Annual report of the Punjab Veterinary College and of the Civil Veterinary Department, Punjab - 1894-1908
Year: 1894
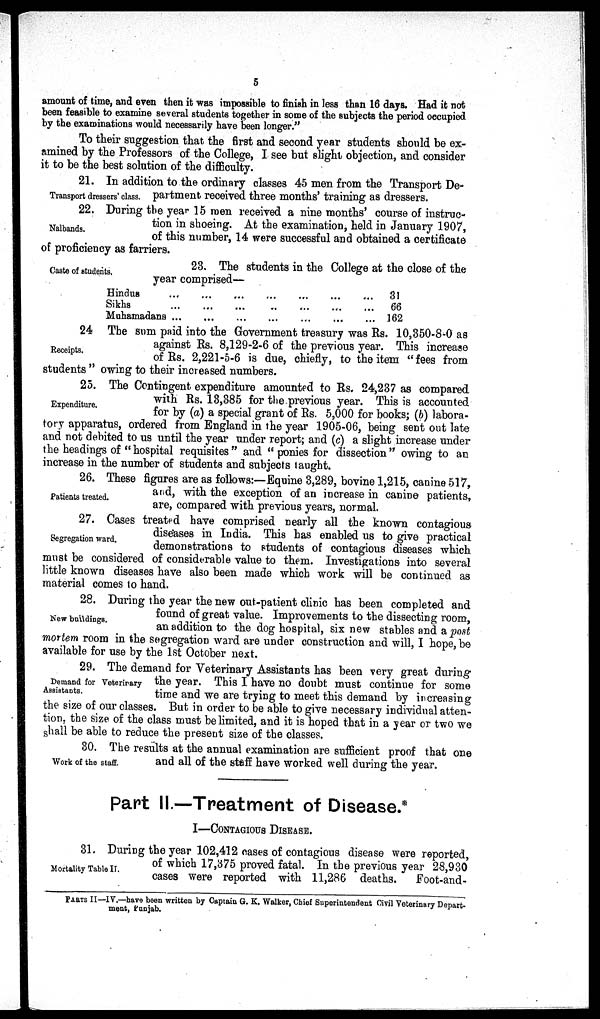
5
amount of time, and even then it was impossible to finish in less than 16 days. Had it not
been feasible to examine several students together in some of the subjects the period occupied
by the examinations would necessarily have been longer."
To their suggestion that the first and second year students should be ex-
amined by the Professors of the College, I see but slight objection, and consider
it to be the best solution of the difficulty.
Transport dressers' class.
21. In addition to the ordinary classes 45 men from the Transport De-
partment received three months' training as dressers.
Nalbands.
22. During the year 15 men received a nine months course of instruc-
tion in shoeing. At the examination, held in January 1907,
of this number, 14 were successful and obtained a certificate
of proficiency as farriers.
Caste of students.
23. The students in the College at the close of the
year comprised—
Hindus
Sikhs
Muhamadans
...
...
...
...
...
...
...
...
...
...
...
...
...
...
...
...
...
...
...
...
...
31
66
162
Receipts.
24 The sum paid into the Government treasury was Rs. 10,350-8-0 as
against Rs. 8,129-2-6 of the previous year. This increase
of Rs. 2,221-5-6 is due, chiefly, to the item "fees from
students" owing to their increased numbers.
Expenditure.
25. The Contingent expenditure amounted to Rs. 24,237 as compared
with Rs. 13,385 for the previous year. This is accounted
for by (a) a special grant of Rs. 5,000 for books; (b) labora-
tory apparatus, ordered from England in the year 1905-06, being sent out late
and not debited to us until the year under report; and (c) a slight increase under
the headings of "hospital requisites" and "ponies for dissection" owing to an
increase in the number of students and subjects taught.
Patients treated.
26. These figures are as follows:—Equine 3,289, bovine 1,215, canine 517,
and, with the exception of an increase in canine patients,
are, compared with previous years, normal.
Segregation ward.
27. Cases treated have comprised nearly all the known contagious
diseases in India. This has enabled us to give practical
demonstrations to students of contagious diseases which
must be considered of considerable value to them. Investigations into several
little known diseases have also been made which work will be continued as
material comes to hand.
New buildings.
28. During the year the new out-patient clinic has been completed and
found of great value. Improvements to the dissecting room,
an addition to the dog hospital, six new stables and a post
mortem room in the segregation ward are under construction and will, I hope, be
available for use by the 1st October next.
Demand for Veterirary
Assistants.
29. The demand for Veterinary Assistants has been very great during
the year. This I have no doubt must continue for some
time and we are trying to meet this demand by increasing
the size of our classes. But in order to be able to give necessary individual atten-
tion, the size of the class must be limited, and it is hoped that in a year or two we
shall be able to reduce the present size of the classes.
Work of the staff.
30. The results at the annual examination are sufficient proof that one
and all of the staff have worked well during the year.
Part II.—Treatment of Disease.*
I—CONTAGIOUS DISEASE.
Mortality Table II.
31. During the year 102,412 cases of contagious disease were reported,
of which 17,375 proved fatal. In the previous year 28,930
cases were reported with 11,286 deaths.
Foot-and-
PARTS II—IV.—have been written by Captain G. K. Walker, Chief Superintendent Civil Veterinary Depart-
ment, Punjab.